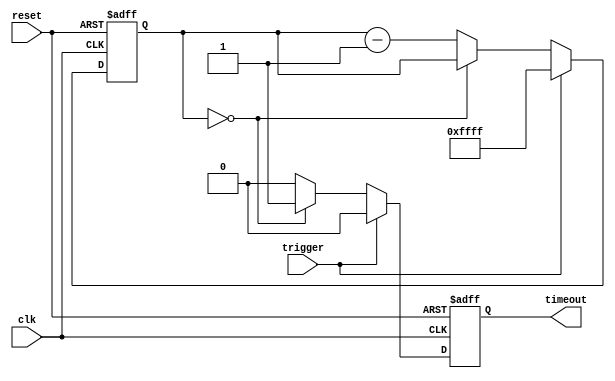
module watchdog_timer (
    input wire clk,
    input wire reset,
    input wire trigger,
    output reg timeout
);

reg [15:0] counter;

always @(posedge clk or posedge reset) begin
    if (reset) begin
        counter <= 16'hFFFF; // preset value for counter
        timeout <= 0;
    end else if (trigger) begin
        counter <= 16'hFFFF; // reset counter on trigger
        timeout <= 0;
    end else begin
        if (counter == 0) begin
            timeout <= 1; // generate timeout signal
        end else begin
            counter <= counter - 1; // count down
            timeout <= 0;
        end
    end
end

endmodule